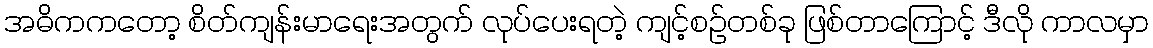
အဓိကကတော့ စိတ်ကျန်းမာရေးအတွက် လုပ်ပေးရတဲ့ ကျင့်စဉ်တစ်ခု ဖြစ်တာကြောင့် ဒီလို ကာလမှာ